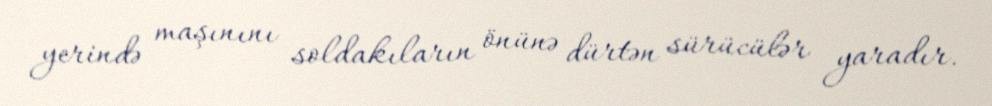
yerində maşınını soldakıların önünə dürtən sürücülər yaradır.